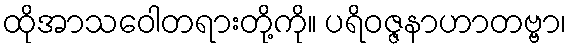
ထိုအာသဝေါတရားတို့ကို။ ပရိဝဇ္ဇနာဟာတဗ္ဗာ၊